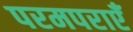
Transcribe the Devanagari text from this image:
परमपराएँ